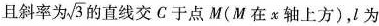
且斜率为$$\sqrt{3}$$ 的直线交C于点M(M在x轴上方)，l为